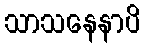
သာသနေနာပိ